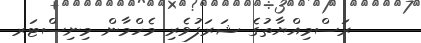
ރަސްމިއްޔާތުގެ ޝަރަފުވެރި މެހްމާން މިނިސްޓަރ